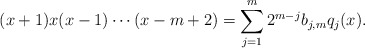
\begin{align*}(x+1)x(x-1)\cdots(x-m+2)=\sum_{j=1}^m 2^{m-j}b_{j,m}q_j(x).\end{align*}